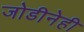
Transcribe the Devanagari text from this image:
जोडीनेही